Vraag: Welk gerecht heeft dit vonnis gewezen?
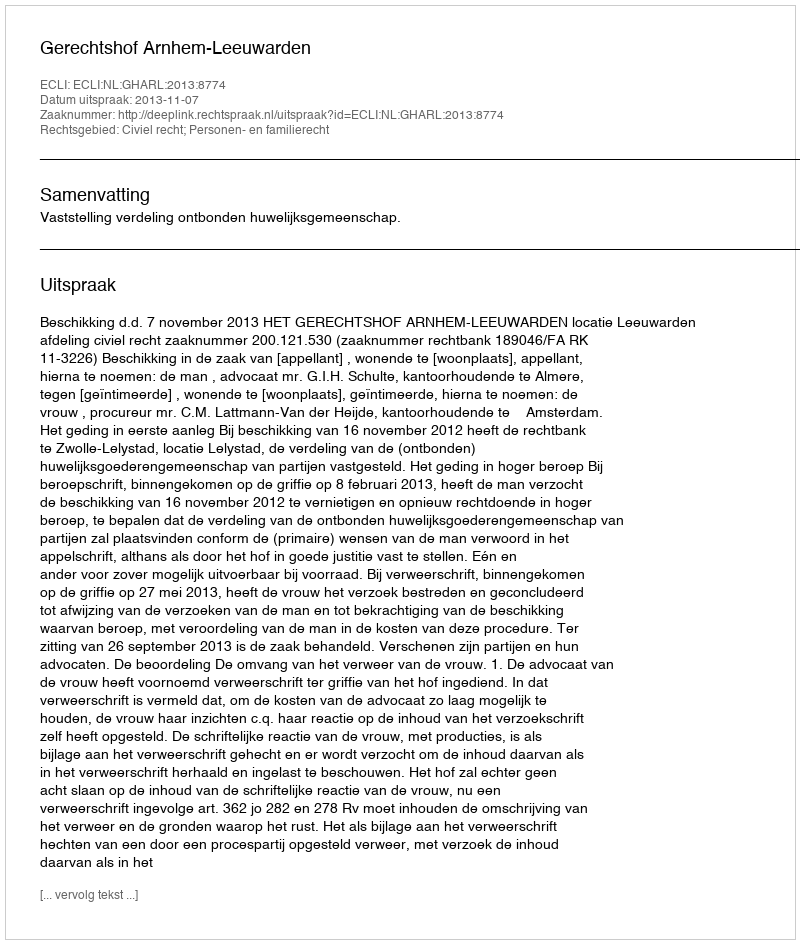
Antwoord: Gerechtshof Arnhem-Leeuwarden